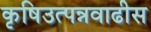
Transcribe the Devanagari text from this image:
कृषिउत्पन्नवाढीस